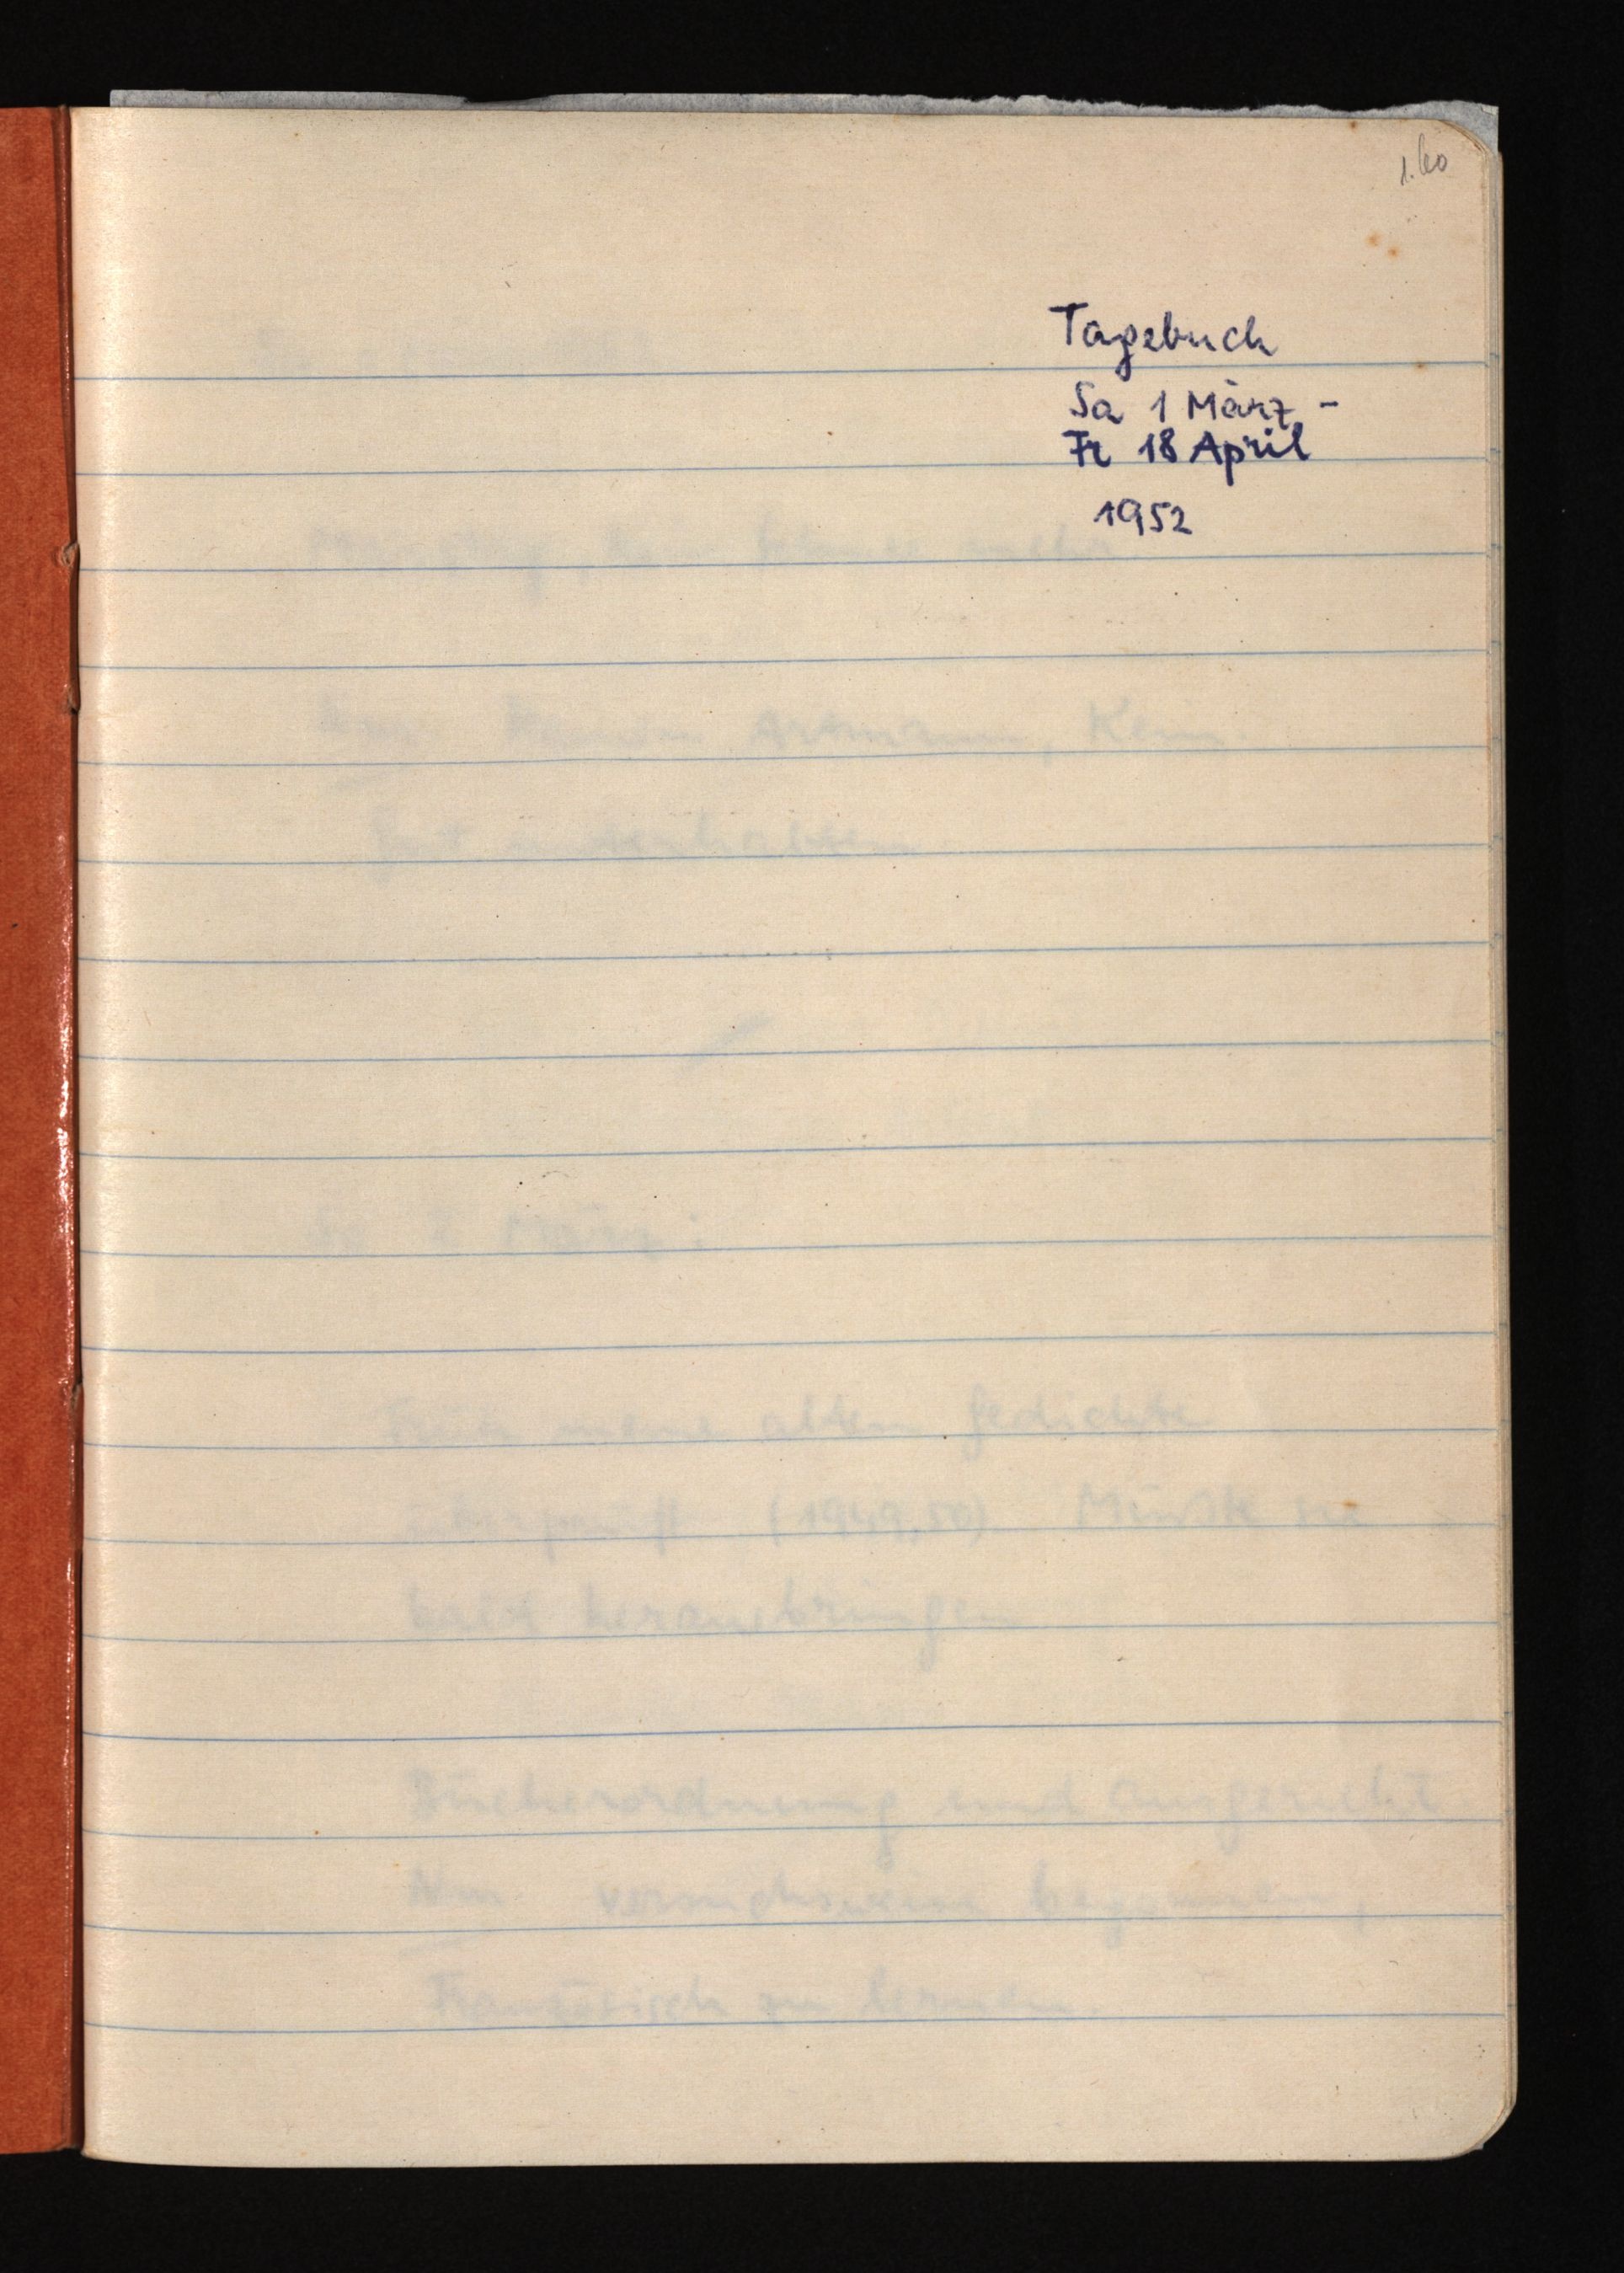
1.60
Tagebuch
Sa 1 März -
Fr 18 April
1952